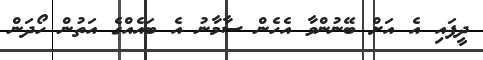
ދީފައި އެ އަށް ބޭނުންވާ އެހެން ސާމާނު އެ ބައެއްގެ އަތުން ހޯދަން